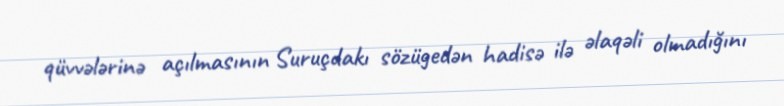
qüvvələrinə açılmasının Suruçdakı sözügedən hadisə ilə əlaqəli olmadığını